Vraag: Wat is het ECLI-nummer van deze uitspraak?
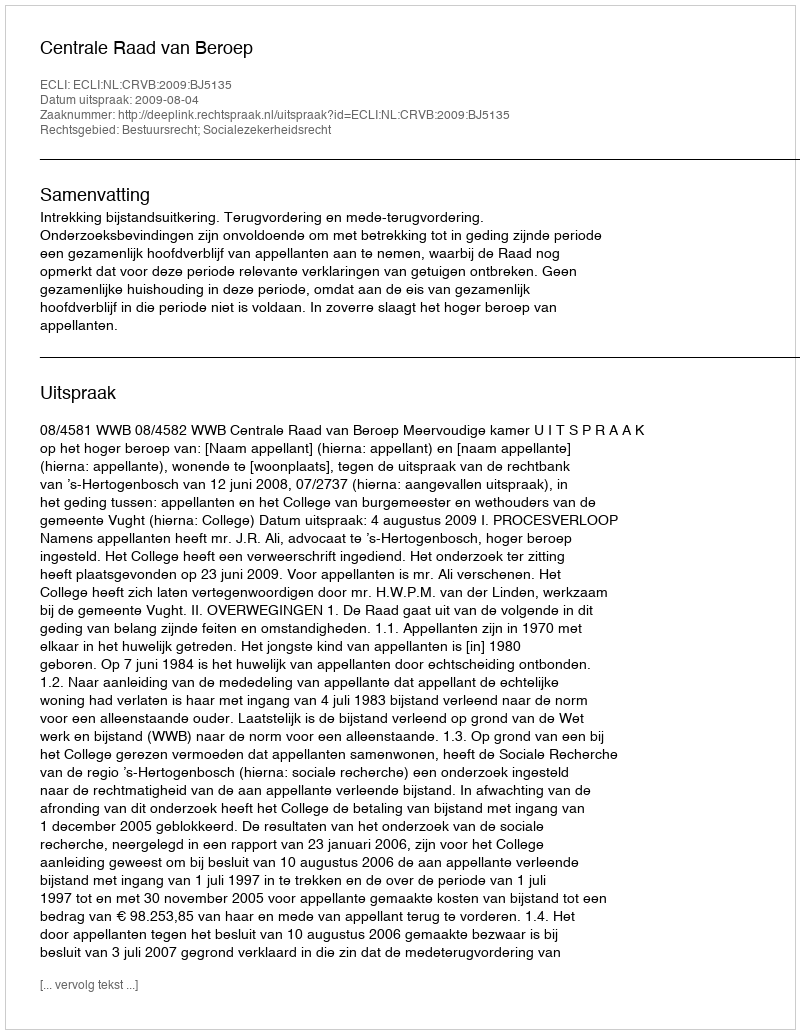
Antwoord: ECLI:NL:CRVB:2009:BJ5135